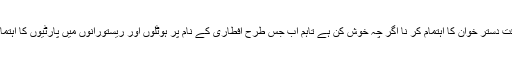
انہوں نے کہا کہ مساجد میں افطاری کے وقت دستر خوان کا اہتمام کر نا اگر چہ خوش کن ہے تاہم اب جس طرح افطاری کے نام پر ہوٹلوں اور ریستورانوں میں پارٹیوں کا اہتمام ہونے لگا ہے وہ واقعی باعث تشویش ہے ۔